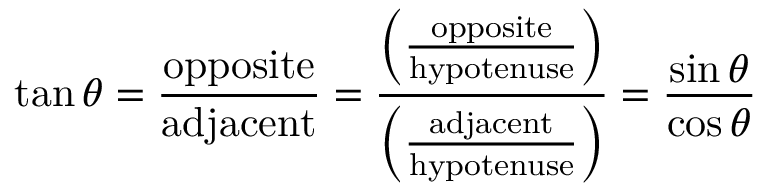
\tan \theta = { \frac { \mathrm { o p p o s i t e } } { \mathrm { a d j a c e n t } } } = { \frac { \left( { \frac { \mathrm { o p p o s i t e } } { \mathrm { h y p o t e n u s e } } } \right) } { \left( { \frac { \mathrm { a d j a c e n t } } { \mathrm { h y p o t e n u s e } } } \right) } } = { \frac { \sin \theta } { \cos \theta } }